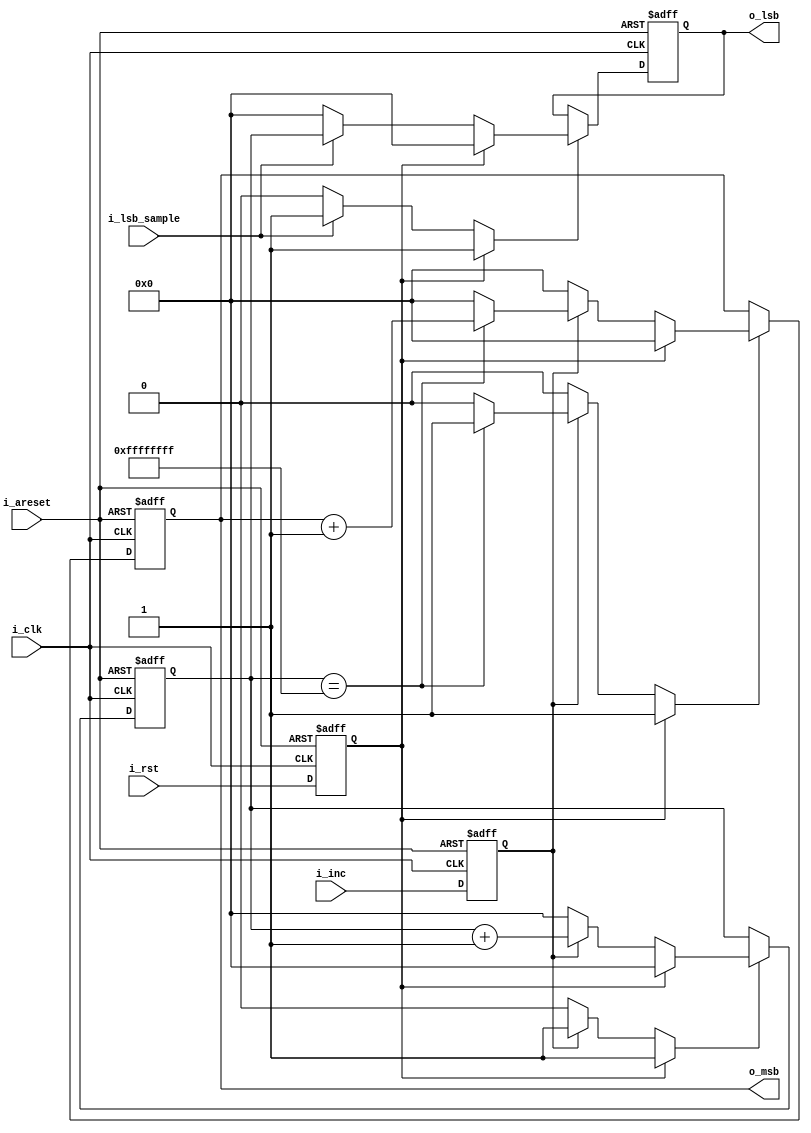
//======================================================================
//
// counter64.v
// -----------
// 64-bit counter.
//
//
//
//
// Copyright 2019 Netnod Internet Exchange i Sverige AB
//
// Redistribution and use in source and binary forms, with or without
// modification, are permitted provided that the following conditions
// are met:
//
// 1. Redistributions of source code must retain the above copyright
//    notice, this list of conditions and the following disclaimer.
//
// 2. Redistributions in binary form must reproduce the above copyright
//    notice, this list of conditions and the following disclaimer in
//    the documentation and/or other materials provided with the
//    distribution.
//
// 3. Neither the name of the copyright holder nor the names of its
//    contributors may be used to endorse or promote products derived
//    from this software without specific prior written permission.
//
// THIS SOFTWARE IS PROVIDED BY THE COPYRIGHT HOLDERS AND CONTRIBUTORS
// "AS IS" AND ANY EXPRESS OR IMPLIED WARRANTIES, INCLUDING, BUT NOT
// LIMITED TO, THE IMPLIED WARRANTIES OF MERCHANTABILITY AND FITNESS
// FOR A PARTICULAR PURPOSE ARE DISCLAIMED. IN NO EVENT SHALL THE
// COPYRIGHT HOLDER OR CONTRIBUTORS BE LIABLE FOR ANY DIRECT, INDIRECT,
// INCIDENTAL, SPECIAL, EXEMPLARY, OR CONSEQUENTIAL DAMAGES (INCLUDING,
// BUT NOT LIMITED TO, PROCUREMENT OF SUBSTITUTE GOODS OR SERVICES;
// LOSS OF USE, DATA, OR PROFITS; OR BUSINESS INTERRUPTION) HOWEVER
// CAUSED AND ON ANY THEORY OF LIABILITY, WHETHER IN CONTRACT, STRICT
// LIABILITY, OR TORT (INCLUDING NEGLIGENCE OR OTHERWISE) ARISING IN
// ANY WAY OUT OF THE USE OF THIS SOFTWARE, EVEN IF ADVISED OF THE
// POSSIBILITY OF SUCH DAMAGE.
//
//======================================================================
//

module counter64 (
  input  wire i_areset, // async reset
  input  wire i_clk,

  input  wire i_inc,
  input  wire i_rst,
  input  wire i_lsb_sample,

  output wire [31:0] o_msb,
  output wire [31:0] o_lsb
);
  reg        op_inc_reg;
  reg        op_rst_reg;

  reg        counter_lsb_we;
  reg [31:0] counter_lsb_new;
  reg [31:0] counter_lsb_reg;

  reg        counter_msb_we;
  reg [31:0] counter_msb_new;
  reg [31:0] counter_msb_reg;

  reg        sample_lsb_we;
  reg [31:0] sample_lsb_new;
  reg [31:0] sample_lsb_reg;

  assign o_msb = counter_msb_reg;
  assign o_lsb = sample_lsb_reg;

  //----------------------------------------------------------------
  // Counter MSB, LSB outs
  //----------------------------------------------------------------

  always @*
  begin
    counter_lsb_we  = 0;
    counter_lsb_new = 0;
    counter_msb_we  = 0;
    counter_msb_new = 0;
    sample_lsb_we   = 0;
    sample_lsb_new  = 0;

    if (op_inc_reg) begin
      if (counter_lsb_reg == 32'hffff_ffff) begin
        counter_msb_we  = 1;
        counter_msb_new = counter_msb_reg + 1;
      end
      counter_lsb_we  = 1;
      counter_lsb_new = counter_lsb_reg + 1;
    end

    if (i_lsb_sample) begin
      sample_lsb_we  = 1;
      sample_lsb_new = counter_lsb_reg;
    end

    if (op_rst_reg) begin
      counter_lsb_we  = 1;
      counter_lsb_new = 0;
      counter_msb_we  = 1;
      counter_msb_new = 0;
      sample_lsb_we   = 1;
      sample_lsb_new  = 0;
    end
  end

  //----------------------------------------------------------------
  // Register update
  //----------------------------------------------------------------

  always @(posedge i_clk or posedge i_areset)
  begin : reg_up
    if (i_areset) begin
      op_inc_reg          <= 0;
      op_rst_reg          <= 0;
      counter_lsb_reg     <= 0;
      counter_msb_reg     <= 0;
      sample_lsb_reg      <= 0;
    end else begin
      op_inc_reg       <= i_inc;
      op_rst_reg       <= i_rst;

      if (counter_lsb_we)
       counter_lsb_reg <= counter_lsb_new;

      if (counter_msb_we)
       counter_msb_reg <= counter_msb_new;

      if (sample_lsb_we)
        sample_lsb_reg <= sample_lsb_new;

    end
  end

endmodule